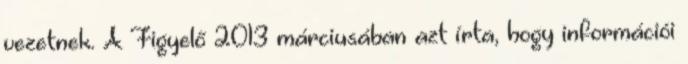
vezetnek. A Figyelő 2013 márciusában azt írta, hogy információi